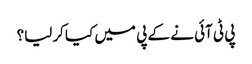
پی ٹی آئی نے کے پی میں کیا کرلیا؟